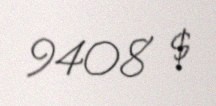
9408 $